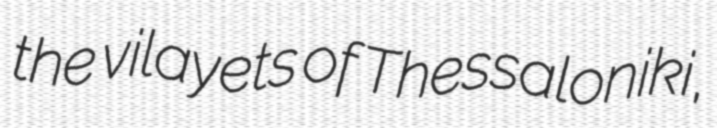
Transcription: the vilayets of Thessaloniki,